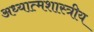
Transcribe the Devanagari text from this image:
अध्यात्मशास्त्रीय